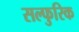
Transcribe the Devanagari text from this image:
सल्फुरिक